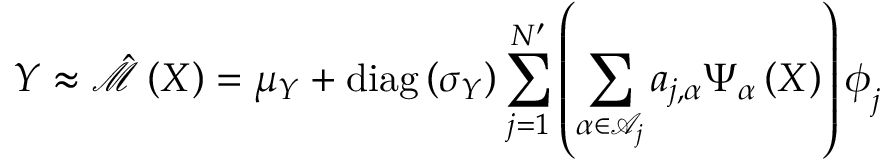
\boldsymbol { Y } \approx \hat { \mathcal { M } } \left( \boldsymbol { X } \right) = \boldsymbol { \mu _ { \boldsymbol { Y } } } + \operatorname { d i a g } \left( \boldsymbol { \sigma _ { \boldsymbol { Y } } } \right) \sum _ { j = 1 } ^ { N ^ { \prime } } \left( \sum _ { \boldsymbol { \alpha } \in \mathcal { A } _ { j } } a _ { j , \boldsymbol { \alpha } } \Psi _ { \boldsymbol { \alpha } } \left( \boldsymbol { X } \right) \right) \boldsymbol { \phi } _ { j }